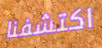
اكتشفنا